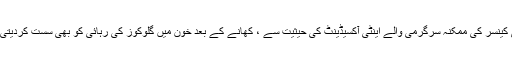
اینٹی کینسر کی ممکنہ سرگرمی والے اینٹی آکسیڈینٹ کی حیثیت سے ، کھانے کے بعد خون میں گلوکوز کی رہائی کو بھی سست کردیتی ہے۔